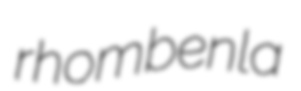
rhombenla